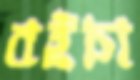
বইচা